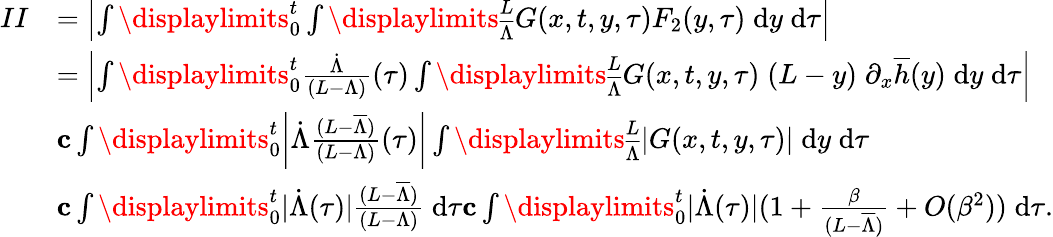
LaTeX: \begin{array}{rl}{II}&{=\left|\int\displaylimits_{0}^{t}\int\displaylimits_{\overline{{\Lambda}}}^{L}G(x,t,y,\tau)F_{2}(y,\tau)\; \mathrm{d}y\; \mathrm{d}\tau\right|}\\ &{=\left|\int\displaylimits_{0}^{t}{\frac{\dot{\Lambda}}{(L-\Lambda)}(\tau)}\int\displaylimits_{\overline{{\Lambda}}}^{L}G(x,t,y,\tau)\; (L-y)\; \partial_{x}\overline{{h}}(y)\; \mathrm{d}y\; \mathrm{d}\tau\right|}\\ &{\le c\int\displaylimits_{0}^{t}{\left|\dot{\Lambda}\frac{(L-\overline{{\Lambda}})}{(L-\Lambda)}(\tau)\right|}\int\displaylimits_{\overline{{\Lambda}}}^{L}|G(x,t,y,\tau)|\; \mathrm{d}y\; \mathrm{d}\tau}\\ &{\le c\int\displaylimits_{0}^{t}{|\dot{\Lambda}(\tau)|\frac{(L-\overline{{\Lambda}})}{(L-\Lambda)}\; \mathrm{d}\tau}\le c\int\displaylimits_{0}^{t}{|\dot{\Lambda}(\tau)|(1+\frac{\beta}{(L-\overline{{\Lambda}})}+O(\beta^{2}))\; \mathrm{d}\tau}.}\end{array}